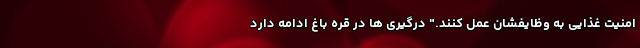
امنیت غذایی به وظایفشان عمل کنند." درگیری ها در قره باغ ادامه دارد